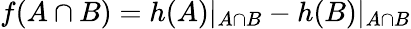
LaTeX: f(A\cap B)=h(A)|_{A\cap B}-h(B)|_{A\cap B}